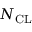
N _ { \mathrm { C L } }